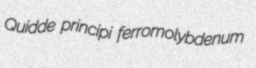
Quidde principi ferromolybdenum